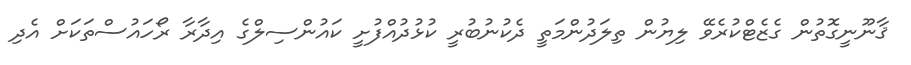
ޤާނޫނީގޮތުން ގެޒެޓްކުރެވޭ ލިޔުން ތިލަދުންމަތީ ދެކުނުބުރީ ކުޅުދުއްފުށީ ކައުންސިލްގެ އިދާރާ ރޯހައުސްތަކަށް އެދި